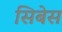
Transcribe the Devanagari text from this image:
सिबेस